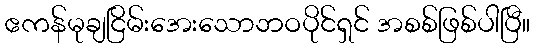
ဧကန်မုချငြိမ်းအေးသောဘဝပိုင်ရှင် အစစ်ဖြစ်ပါပြီ။